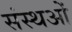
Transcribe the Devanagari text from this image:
संस्थओं